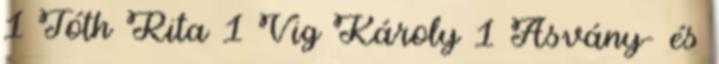
1 Tóth Rita 1 Vig Károly 1 Ásvány- és